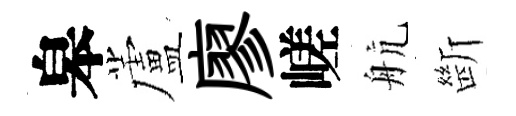
皋蘆廖嵯航㫁